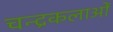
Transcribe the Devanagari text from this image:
चन्द्रकलाओं